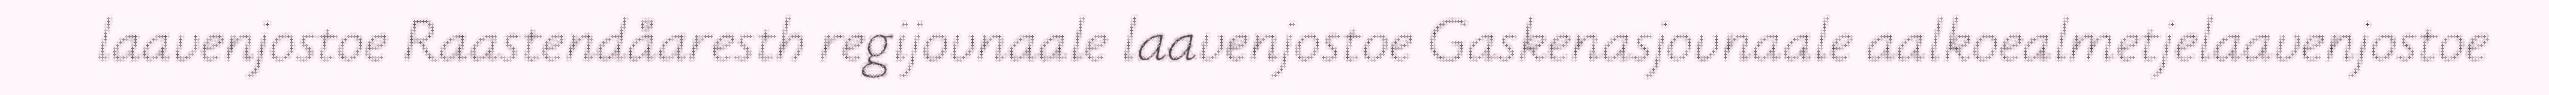
laavenjostoe Raastendåaresth regijovnaale laavenjostoe Gaskenasjovnaale aalkoealmetjelaavenjostoe